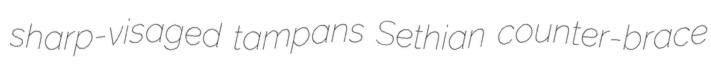
sharp-visaged tampans Sethian counter-brace